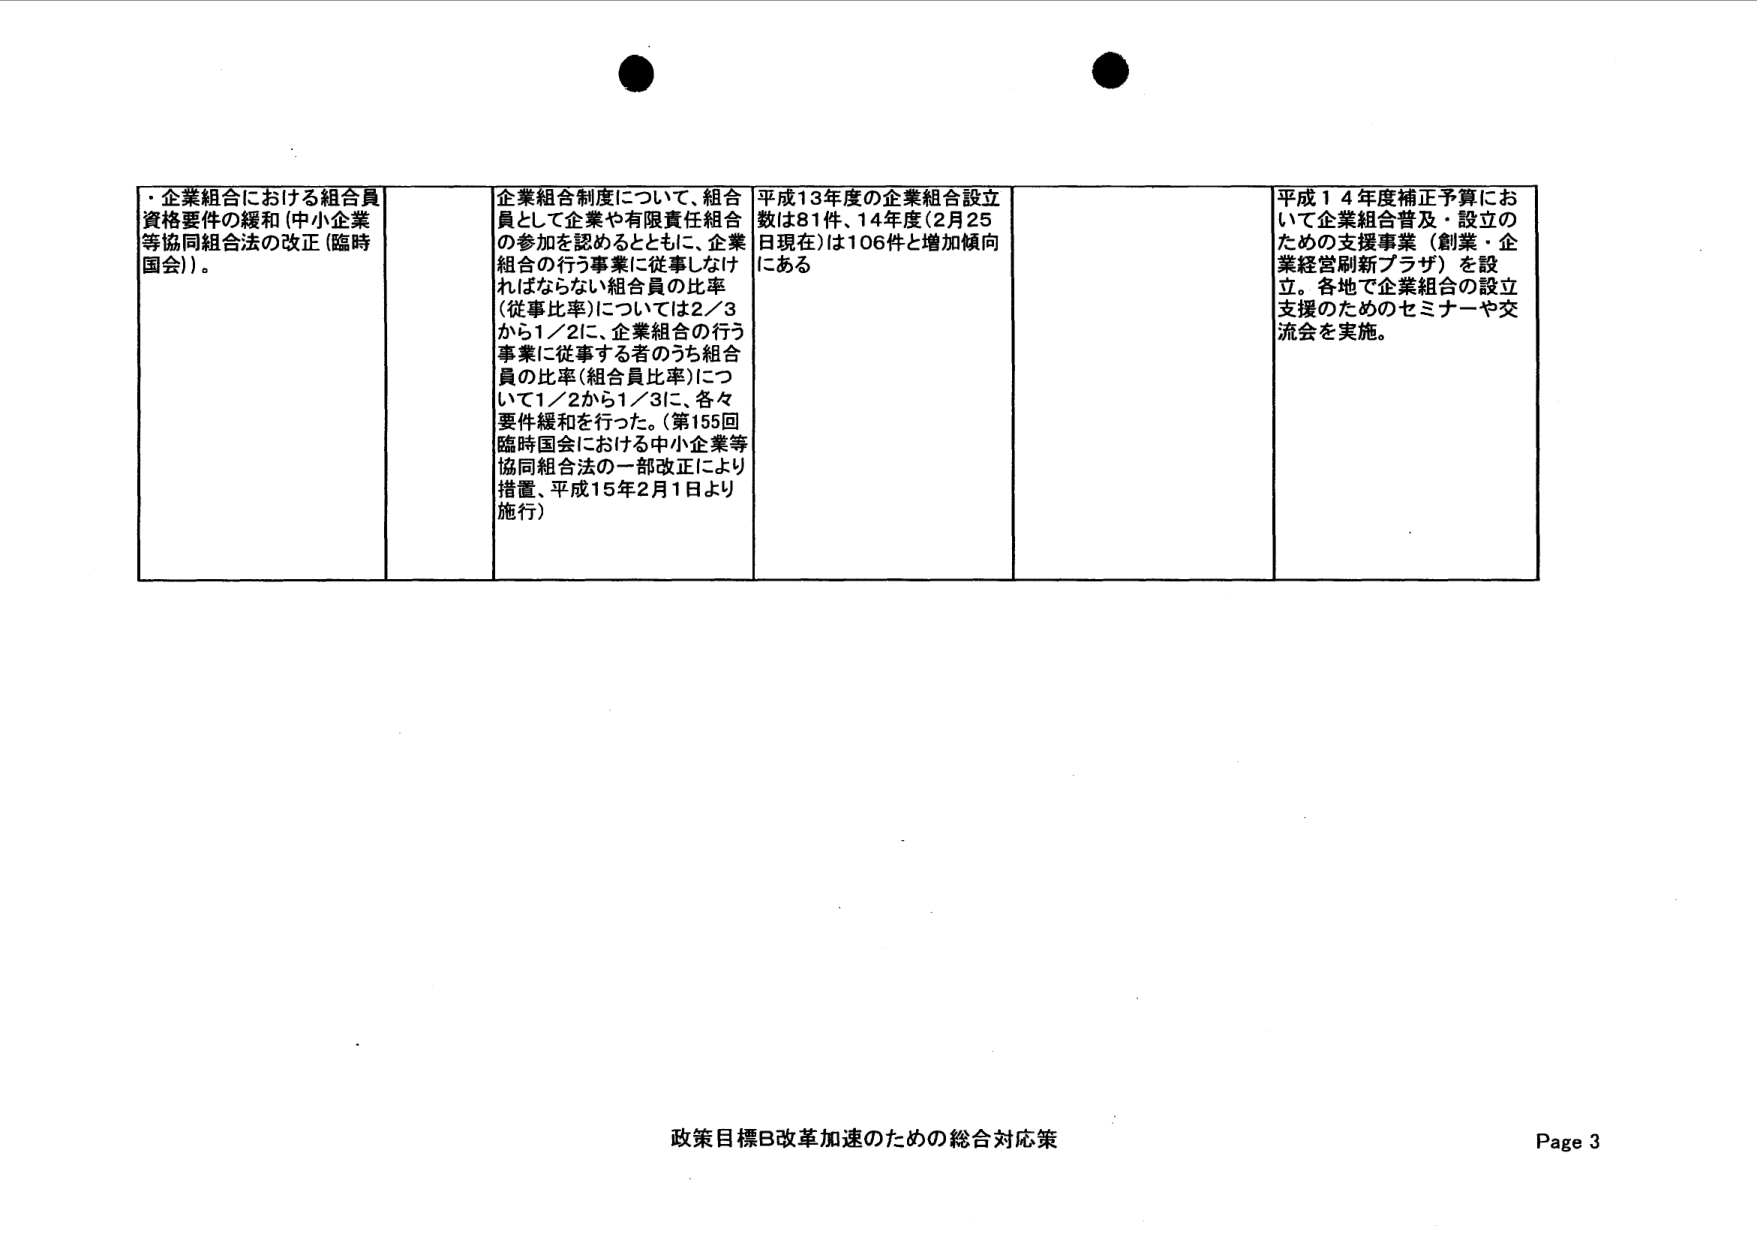
・企業組合における組合員資格要件の緩和（中小企業等協同組合法の改正（臨時国会））。

企業組合制度について、組合員として企業や有限責任組合の参加を認めるとともに、企業組合の行う事業に従事しなければならない組合員の比率（従事比率）については2／3から1／2に、企業組合の行う事業に従事する者のうち組合員の比率（組合員比率）について1／2から1／3に、各々要件緩和を行った。（第155回臨時国会における中小企業等協同組合法の一部改正により措置、平成15年2月1日より施行）

平成13年度の企業組合設立数は81件、14年度（2月25日現在）は106件と増加傾向にある

平成14年度補正予算において企業組合普及・設立のための支援事業（創業・企業経営刷新プラザ）を設立。各地で企業組合の設立支援のためのセミナーや交流会を実施。

政策目標B改革加速のための総合対応策
Page 3